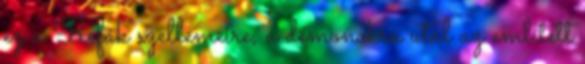
ez a Refák szellemeire, a démonokra utal az említett